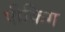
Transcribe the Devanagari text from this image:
पीकिग